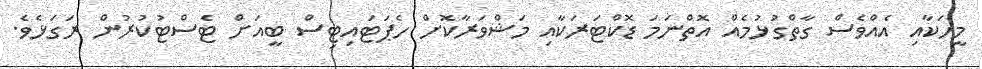
މީހަކާއި އެއްވެސް ގާތްގުޅުމެއް އޮތްނަމަ ޑޮކްޓަރަކާއި މަޝްވަރާކޮށް ހެޕަޓައިޓިސް ބީއަށް ޓެސްޓުކުރުން ރަގަޅެވެ.